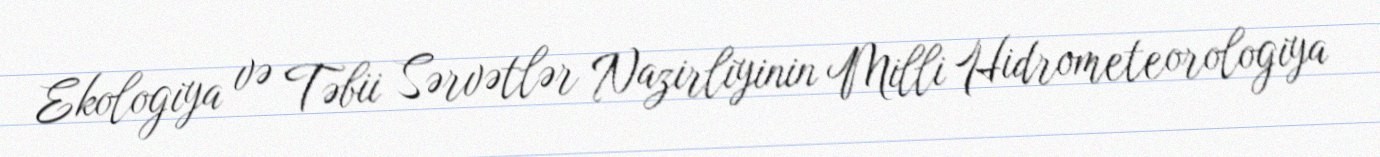
Ekologiya və Təbii Sərvətlər Nazirliyinin Milli Hidrometeorologiya